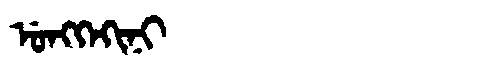
Manchu: ᡠᠩᡴᡝᡴᡳᠨᡳ
Romanization: UNGKEKINI